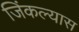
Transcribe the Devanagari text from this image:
जिंकल्यास